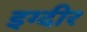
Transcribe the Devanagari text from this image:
इग्दीर